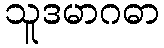
သူဒမာဂဓာ